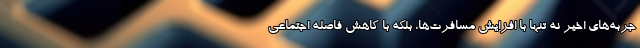
جربه‌های اخیر نه تنها با افزایش مسافرت‌ها، بلکه با کاهش فاصله اجتماعی